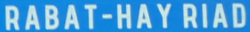
RABAT-HAY RIAD